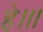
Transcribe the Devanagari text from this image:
हे।।।